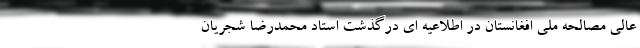
عالی مصالحه ملی افغانستان در اطلاعیه ای درگذشت استاد محمدرضا شجریان